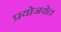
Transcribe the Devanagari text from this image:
प्रयोजयेत